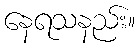
နေရသနည်း။